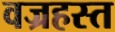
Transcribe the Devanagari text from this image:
वज्रहस्त